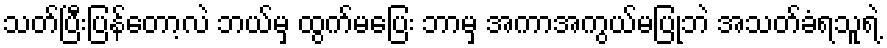
သတ်ပြီးပြန်တော့လဲ ဘယ်မှ ထွက်မပြေး ဘာမှ အကာအကွယ်မပြုဘဲ အသတ်ခံရသူရဲ့